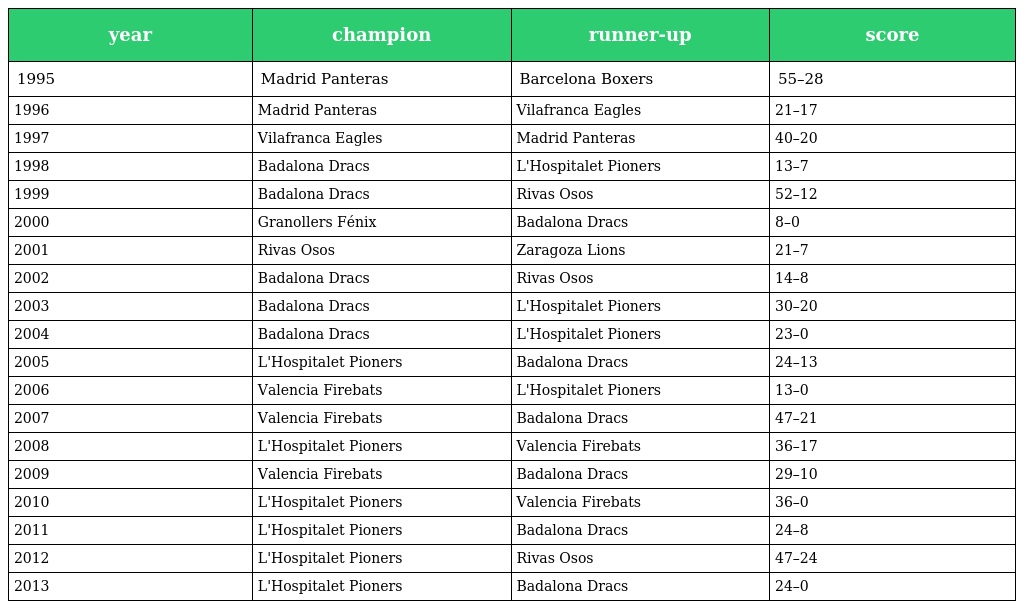
| year | champion | runner-up | score |
 | --- | --- | --- | --- |
 | 1995 | Madrid Panteras | Barcelona Boxers | 55–28 |
 | 1996 | Madrid Panteras | Vilafranca Eagles | 21–17 |
 | 1997 | Vilafranca Eagles | Madrid Panteras | 40–20 |
 | 1998 | Badalona Dracs | L'Hospitalet Pioners | 13–7 |
 | 1999 | Badalona Dracs | Rivas Osos | 52–12 |
 | 2000 | Granollers Fénix | Badalona Dracs | 8–0 |
 | 2001 | Rivas Osos | Zaragoza Lions | 21–7 |
 | 2002 | Badalona Dracs | Rivas Osos | 14–8 |
 | 2003 | Badalona Dracs | L'Hospitalet Pioners | 30–20 |
 | 2004 | Badalona Dracs | L'Hospitalet Pioners | 23–0 |
 | 2005 | L'Hospitalet Pioners | Badalona Dracs | 24–13 |
 | 2006 | Valencia Firebats | L'Hospitalet Pioners | 13–0 |
 | 2007 | Valencia Firebats | Badalona Dracs | 47–21 |
 | 2008 | L'Hospitalet Pioners | Valencia Firebats | 36–17 |
 | 2009 | Valencia Firebats | Badalona Dracs | 29–10 |
 | 2010 | L'Hospitalet Pioners | Valencia Firebats | 36–0 |
 | 2011 | L'Hospitalet Pioners | Badalona Dracs | 24–8 |
 | 2012 | L'Hospitalet Pioners | Rivas Osos | 47–24 |
 | 2013 | L'Hospitalet Pioners | Badalona Dracs | 24–0 |